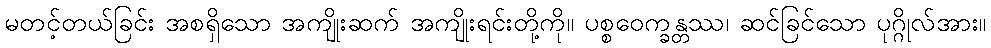
မတင့်တယ်ခြင်း အစရှိသော အကျိုးဆက် အကျိုးရင်းတို့ကို။ ပစ္စဝေက္ခန္တဿ၊ ဆင်ခြင်သော ပုဂ္ဂိုလ်အား။